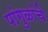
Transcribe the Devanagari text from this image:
पांगुळांचे